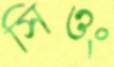
সিওং